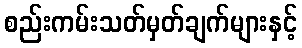
စည်းကမ်းသတ်မှတ်ချက်များနှင့်